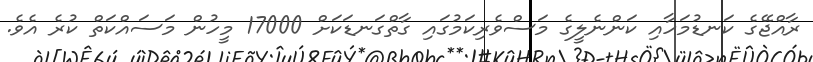
ރާއްޖޭގެ ކަނޑުމަހާއި ކަންނެލީގެ މަސްވެރިކަމުގައި ގާތްގަނޑަކަށް 17000 މީހުން މަސައްކަތް ކުރެ އެވެ.